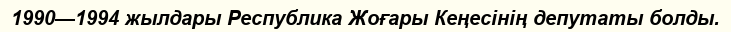
1990—1994 жылдары Республика Жоғары Кеңесінің депутаты болды.